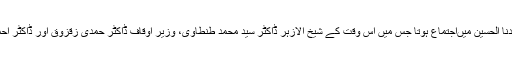
اس جلوس کے اختتام پرمسجد سیدنا الحسین میںاجتماع ہوتا جس میں اس وقت کے شیخ الازہر ڈاکٹر سید محمد طنطاوی، وزیرِ اوقاف ڈاکٹر حمدی زقزوق اور ڈاکٹر احمد عمر ہاشم کے خطابات ہوتے۔